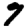
Digit: 9